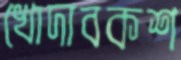
খোদাবকশ